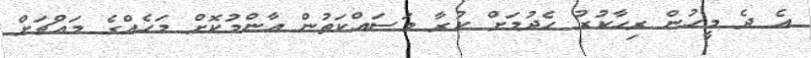
އެ ދެ މީހުން ރިހާކުރު ހެދުމަށް ކުރާ މަސައްކަތުން އާންމުކޮށް މަހެއްގެ މައްޗަށް